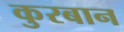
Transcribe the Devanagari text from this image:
कुरबान